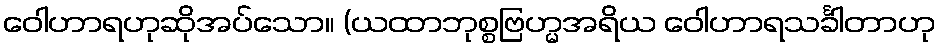
ဝေါဟာရဟုဆိုအပ်သော။ (ယထာဘုစ္စဗြဟ္မအရိယ ဝေါဟာရသင်္ခါတာဟု